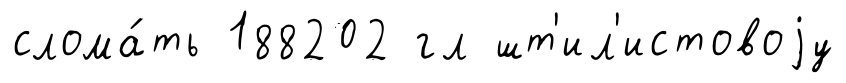
слома́ть 188202 гл шт'ил'истовоjу